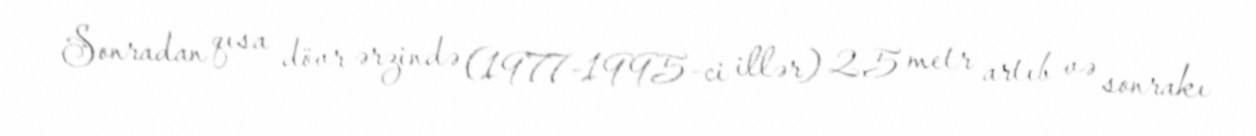
Sonradan qısa dövr ərzində (1977-1995-ci illər) 2,5 metr artıb və sonrakı